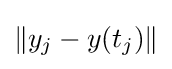
\|y_{j}-y(t_{j})\|